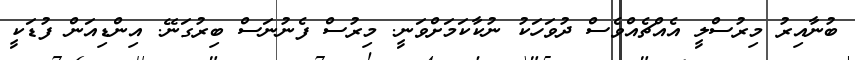
ބުނާއިރު މިރުސްލީ އެއްޗެއްވެސް ދުވަހަކު ނުކާކަމަށްވަނީ. މިރުސް ފެނުނަސް ބިރުގަނޭ. އިންޑިއަން ފުޑަކީ